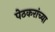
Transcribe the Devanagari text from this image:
पेठकरांच्या